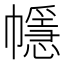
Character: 㡥